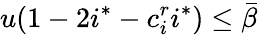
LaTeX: u(1-2i^{*}-c_{i}^{r}i^{*})\le\bar{\beta}